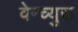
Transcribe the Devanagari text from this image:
वेन्च्युरा